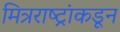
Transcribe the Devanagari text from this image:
मित्रराष्ट्रांकडून